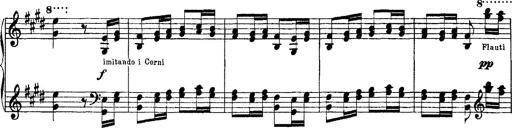
Title: Ã‰tudes d'exÃ©cution transcendante d'aprÃ¨s Paganini
Composer: Franz Liszt